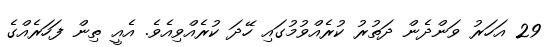
29 އަހަރު ވަންދެން ދަތުރު ކުރެއްވުމުގައި ހޭދަ ކުރެއްވިއެވެ. އެއީ ތިން ފަހަރެއްގެ